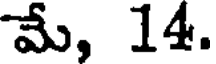
మే, 14.